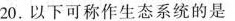
20.以下可称作生态系统的是